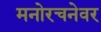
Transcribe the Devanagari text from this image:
मनोरचनेवर